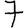
Digit: 7